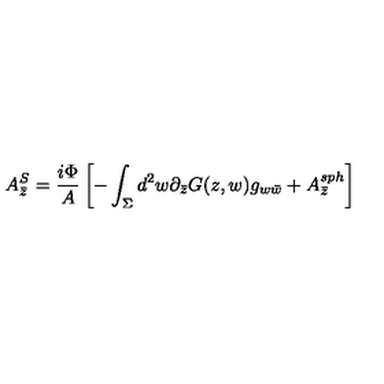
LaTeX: A _ { \bar { z } } ^ { S } = { \frac { i \Phi } { A } } \left[ - \int _ { \Sigma } d ^ { 2 } w \partial _ { \bar { z } } G ( z , w ) g _ { w \bar { w } } + A _ { \bar { z } } ^ { s p h } \right]